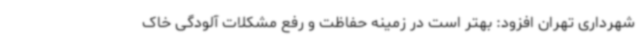
شهرداری تهران افزود: بهتر است در زمینه حفاظت و رفع مشکلات آلودگی خاک